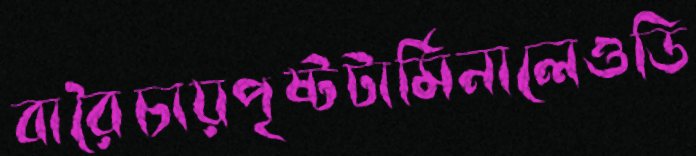
বারৈচায়পৃষ্টটার্মিনালেওডি